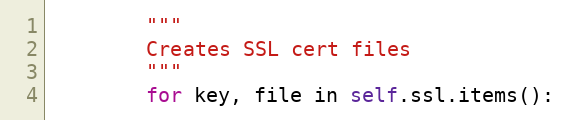
Language: Python
        """
        Creates SSL cert files
        """
        for key, file in self.ssl.items():